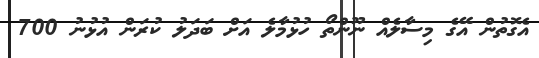
އެގޮތުން އޭގެ މިސާލެއް ނޫންތޯ ހުޅުމާލެ އަށް ބަދަލު ކުރަން އުޅުނު 700